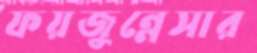
ফয়জুন্নেসার